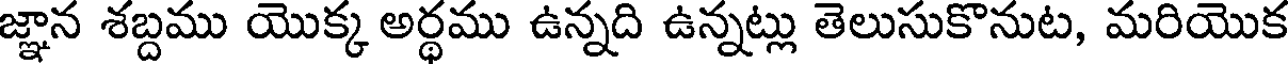
జ్ఞాన శబ్దము యొక్క అర్థము ఉన్నది ఉన్నట్లు తెలుసుకొనుట, మరియొక